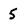
Character: 5